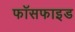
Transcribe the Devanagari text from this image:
फॉसफाइड